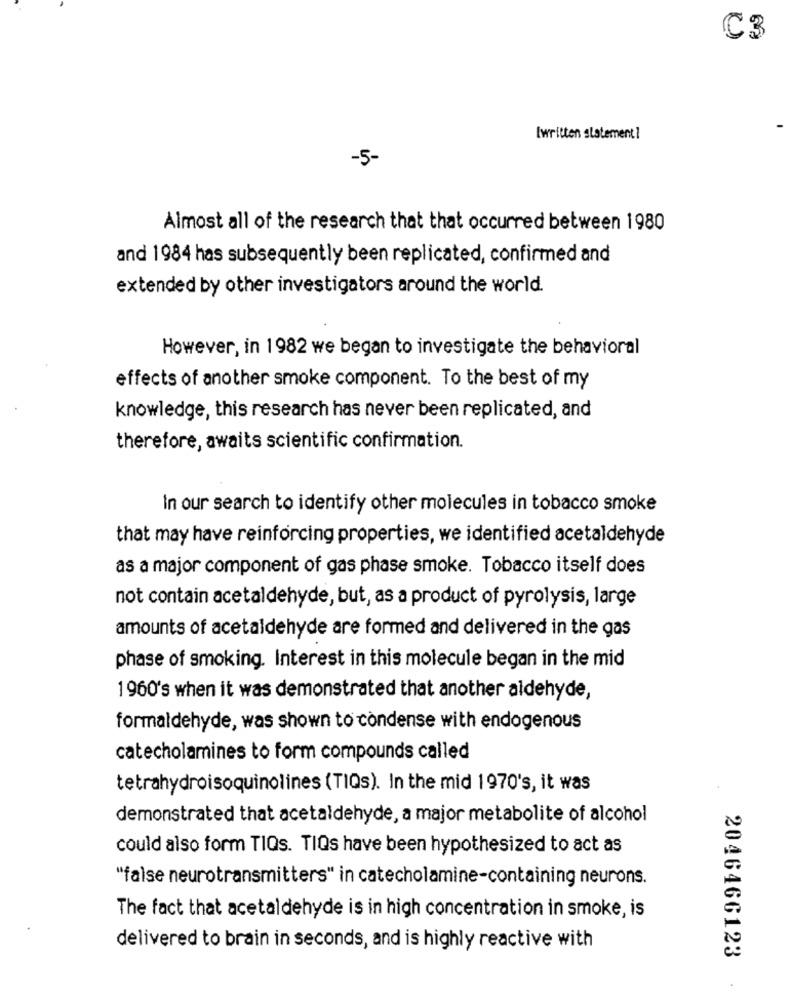
C3
[written statement]
-5-
Almost all of the research that that occurred between 1980
and 1984 has subsequently been replicated, confirmed and
extended by other investigators around the world.
However, in 1982 we began to investigate the behavioral
effects of another smoke component. To the best of my
knowledge, this research has never been replicated, and
therefore, awaits scientific confirmation.
In our search to identify other molecules in tobacco smoke
that may have reinforcing properties, we identified acetaldehyde
as a major component of gas phase smoke. Tobacco itself does
not contain acetaldehyde, but, as a product of pyrolysis, large
amounts of acetaldehyde are formed and delivered in the gas
phase of smoking. Interest in this molecule began in the mid
1960's when it was demonstrated that another aldehyde,
formaldehyde, was shown to condense with endogenous
catecholamines to form compounds called
tetrahydroisoquinolines (TIQs). In the mid 1970's, it was
demonstrated that acetaldehyde, a major metabolite of alcohol
could also form TIQs. TIQs have been hypothesized to act as
"false neurotransmitters" in catecholamine-containing neurons.
The fact that acetaldehyde is in high concentration in smoke, is
delivered to brain in seconds, and is highly reactive with
2046466123